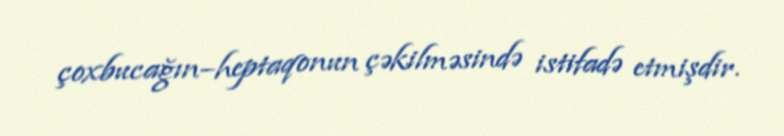
çoxbucağın–heptaqonun çəkilməsində istifadə etmişdir.